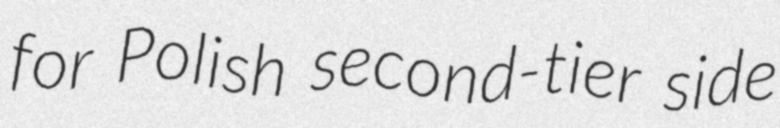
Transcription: for Polish second-tier side